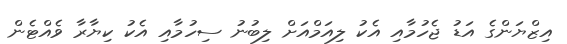
އިޒްޔަންގެ އަޑު ޖެހުމާއި އެކު ލިއަމްއަށް ލިބުނު ސިހުމާއި އެކު ކިޔާރާ ވެއްޓެން